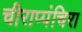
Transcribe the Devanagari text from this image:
चीराप्पंचिरा